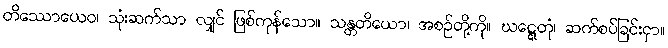
တိဿောယေဝ၊ သုံးဆက်သာ လျှင် ဖြစ်ကုန်သော။ သန္တတိယော၊ အစဉ်တို့ကို။ ဃဋ္ဋေတုံ၊ ဆက်စပ်ခြင်းငှာ။